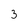
Character: 3